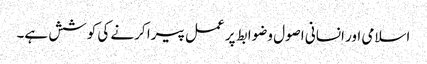
اسلامی اور انسانی اصول وضوابط پر عمل پیرا کرنے کی کوشش ہے۔